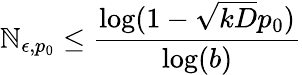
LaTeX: \mathbb{N}_{\epsilon,p_{0}}\leq\frac{{\log(1-\sqrt{{kD}}{{p_{0}}})}}{{\log(b)}}